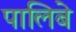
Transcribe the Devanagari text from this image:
पालिबे